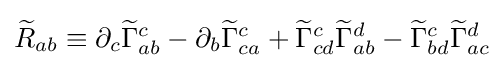
{\widetilde {R}}_{ab}\equiv \partial _{c}{\widetilde {\Gamma }}_{ab}^{c}-\partial _{b}{\widetilde {\Gamma }}_{ca}^{c}+{\widetilde {\Gamma }}_{cd}^{c}{\widetilde {\Gamma }}_{ab}^{d}-{\widetilde {\Gamma }}_{bd}^{c}{\widetilde {\Gamma }}_{ac}^{d}